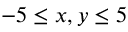
- 5 \leq x , y \leq 5